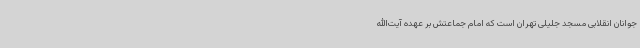
جوانان انقلابی مسجد جلیلی تهران است که امام جماعتش بر عهده آیت‌الله